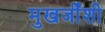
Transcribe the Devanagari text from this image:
मुखर्जींशी